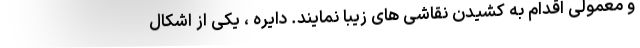
و معمولی اقدام به کشیدن نقاشی های زیبا نمایند. دایره ، یکی از اشکال